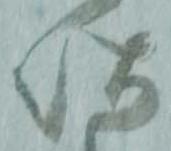
以